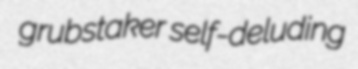
grubstaker self-deluding